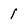
Character: l